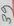
Text: 39